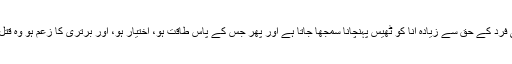
انکار کا مطلب کسی فرد کے حق سے زیادہ انا کو ٹھیس پہنچانا سمجھا جاتا ہے اور پھر جس کے پاس طاقت ہو، اختیار ہو، اور برتری کا زعم ہو وہ قتل کا جواز رکھتا ہے۔